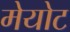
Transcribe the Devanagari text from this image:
मेयोट